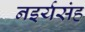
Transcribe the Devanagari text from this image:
नइर्यसंह